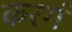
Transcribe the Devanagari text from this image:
करगं